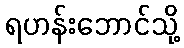
ရဟန်းဘောင်သို့